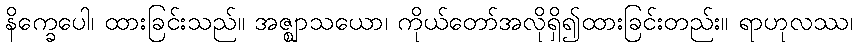
နိက္ခေပေါ၊ ထားခြင်းသည်။ အဇ္ဈာသယော၊ ကိုယ်တော်အလိုရှိ၍ထားခြင်းတည်း။ ရာဟုလဿ၊